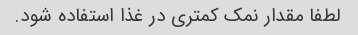
لطفا مقدار نمک کمتری در غذا استفاده شود.